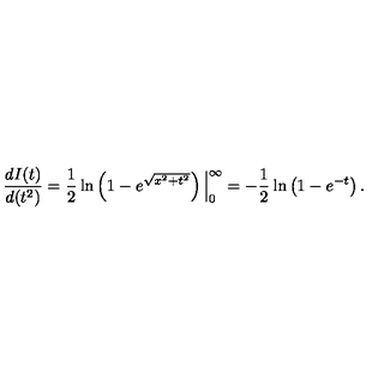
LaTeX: \frac { d I ( t ) } { d ( t ^ { 2 } ) } = \frac { 1 } { 2 } \ln \left( 1 - e ^ { \sqrt { x ^ { 2 } + t ^ { 2 } } } \right) \Big | _ { 0 } ^ { \infty } = - \frac { 1 } { 2 } \ln \left( 1 - e ^ { - t } \right) . \nonumber